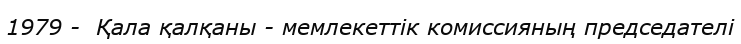
1979 -  Қала қалқаны - мемлекеттік комиссияның председателі